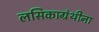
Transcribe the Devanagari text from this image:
लसिकाग्रंथीना